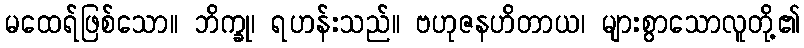
မထေရ်ဖြစ်သော။ ဘိက္ခု၊ ရဟန်းသည်။ ဗဟုဇနဟိတာယ၊ များစွာသောလူတို့၏